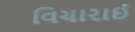
વિચારાઈ